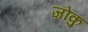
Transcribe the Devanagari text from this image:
ज़ोकु